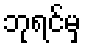
ဘုရင်မှ